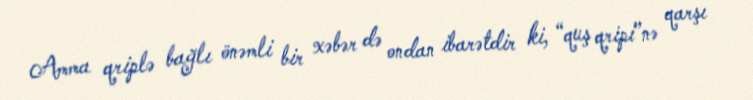
Amma qriplə bağlı önəmli bir xəbər də ondan ibarətdir ki, “quş qripi”nə qarşı